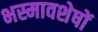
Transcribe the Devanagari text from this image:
भस्मावशेषों